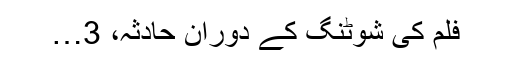
فلم کی شوٹنگ کے دوران حادثہ، 3…